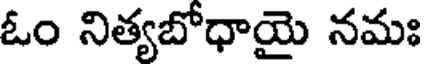
ఓం నిత్యబోధాయై నమః